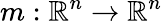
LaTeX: m:\mathbb{R}^{n}\rightarrow\mathbb{R}^{n}